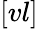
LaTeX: [vl]